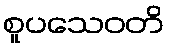
စူပသေဝတိ